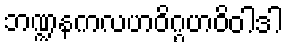
ဘဏ္ဍနကလဟဝိဂ္ဂဟဝိဝါဒါ